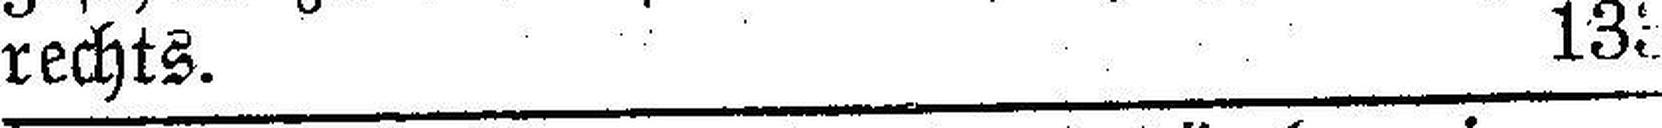
rechts. 133